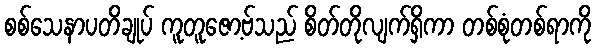
စစ်သေနာပတိချုပ် ကူတူဇော့ဗ်သည် စိတ်တိုလျက်ရှိကာ တစ်စုံတစ်ရာကို